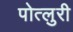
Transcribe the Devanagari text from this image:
पोत्लुरी